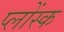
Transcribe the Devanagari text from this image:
प्लोंस्क